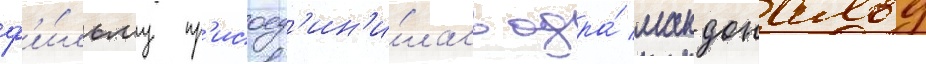
ф'и́льму пр'исоед'ин'и́лась одра́ макдональд